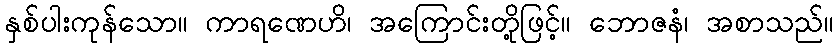
နှစ်ပါးကုန်သော။ ကာရဏေဟိ၊ အကြောင်းတို့ဖြင့်။ ဘောဇနံ၊ အစာသည်။